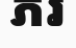
ភរ